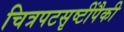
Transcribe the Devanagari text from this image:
चित्रपटसृष्टींपैकी